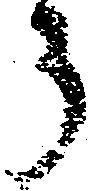
う